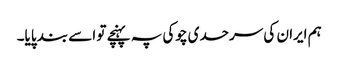
ہم ایران کی سرحدی چوکی پہ پہنچے تو اسے بند پایا۔